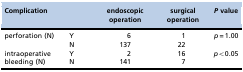
<table><thead><tr><td colspan="2"><b>Complication</b></td><td><b>endoscopic operation</b></td><td><b>surgical operation</b></td><td><b><i>P</i> value</b></td></tr></thead><tbody><tr><td rowspan="2">perforation (N)</td><td>Y</td><td>6</td><td>1</td><td rowspan="2"><i>p</i>=1.00</td></tr><tr><td>N</td><td>137</td><td>22</td></tr><tr><td rowspan="2">intraoperative bleeding (N)</td><td>Y</td><td>2</td><td>16</td><td rowspan="2"><i>p</i>&lt;0.05</td></tr><tr><td>N</td><td>141</td><td>7</td></tr></tbody></table>